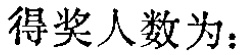
得奖人数为：